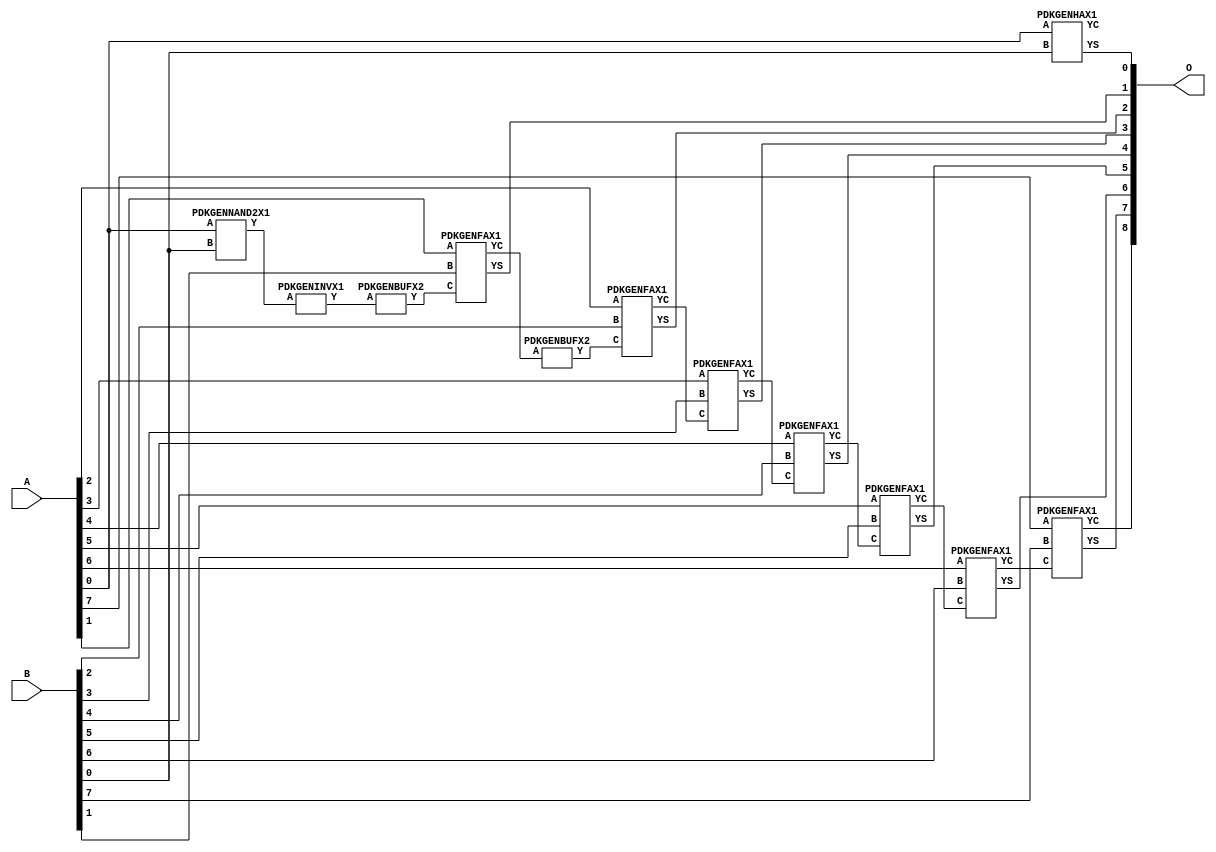
// Library = EvoApprox8b
// Circuit = add8_371
// Area   (180) = 1008
// Delay  (180) = 1.770
// Power  (180) = 360.30
// Area   (45) = 75
// Delay  (45) = 0.680
// Power  (45) = 34.35
// Nodes = 12
// HD = 0
// MAE = 0.00000
// MSE = 0.00000
// MRE = 0.00 %
// WCE = 0
// WCRE = 0 %
// EP = 0.0 %

module add8_371(A, B, O);
  input [7:0] A;
  input [7:0] B;
  output [8:0] O;
  wire [2031:0] N;

  assign N[0] = A[0];
  assign N[1] = A[0];
  assign N[2] = A[1];
  assign N[3] = A[1];
  assign N[4] = A[2];
  assign N[5] = A[2];
  assign N[6] = A[3];
  assign N[7] = A[3];
  assign N[8] = A[4];
  assign N[9] = A[4];
  assign N[10] = A[5];
  assign N[11] = A[5];
  assign N[12] = A[6];
  assign N[13] = A[6];
  assign N[14] = A[7];
  assign N[15] = A[7];
  assign N[16] = B[0];
  assign N[17] = B[0];
  assign N[18] = B[1];
  assign N[19] = B[1];
  assign N[20] = B[2];
  assign N[21] = B[2];
  assign N[22] = B[3];
  assign N[23] = B[3];
  assign N[24] = B[4];
  assign N[25] = B[4];
  assign N[26] = B[5];
  assign N[27] = B[5];
  assign N[28] = B[6];
  assign N[29] = B[6];
  assign N[30] = B[7];
  assign N[31] = B[7];

  PDKGENNAND2X1 n34(.A(N[0]), .B(N[16]), .Y(N[34]));
  assign N[35] = N[34];
  PDKGENINVX1 n56(.A(N[35]), .Y(N[56]));
  assign N[57] = N[56];
  PDKGENBUFX2 n70(.A(N[57]), .Y(N[70]));
  PDKGENHAX1 n76(.A(N[0]), .B(N[16]), .YS(N[76]), .YC(N[77]));
  PDKGENFAX1 n82(.A(N[2]), .B(N[18]), .C(N[70]), .YS(N[82]), .YC(N[83]));
  PDKGENBUFX2 n98(.A(N[83]), .Y(N[98]));
  assign N[99] = N[98];
  PDKGENFAX1 n132(.A(N[4]), .B(N[20]), .C(N[99]), .YS(N[132]), .YC(N[133]));
  PDKGENFAX1 n182(.A(N[6]), .B(N[22]), .C(N[133]), .YS(N[182]), .YC(N[183]));
  PDKGENFAX1 n232(.A(N[8]), .B(N[24]), .C(N[183]), .YS(N[232]), .YC(N[233]));
  PDKGENFAX1 n282(.A(N[10]), .B(N[26]), .C(N[233]), .YS(N[282]), .YC(N[283]));
  PDKGENFAX1 n332(.A(N[12]), .B(N[28]), .C(N[283]), .YS(N[332]), .YC(N[333]));
  PDKGENFAX1 n382(.A(N[14]), .B(N[30]), .C(N[333]), .YS(N[382]), .YC(N[383]));

  assign O[0] = N[76];
  assign O[1] = N[82];
  assign O[2] = N[132];
  assign O[3] = N[182];
  assign O[4] = N[232];
  assign O[5] = N[282];
  assign O[6] = N[332];
  assign O[7] = N[382];
  assign O[8] = N[383];

endmodule
/* mod */
module PDKGENHAX1( input A, input B, output YS, output YC );
    assign YS = A ^ B;
    assign YC = A & B;
endmodule
/* mod */
module PDKGENINVX1(input A, output Y );
     assign Y = ~A;
endmodule
/* mod */
module PDKGENFAX1( input A, input B, input C, output YS, output YC );
    assign YS = (A ^ B) ^ C;
    assign YC = (A & B) | (B & C) | (A & C);
endmodule
/* mod */
module PDKGENBUFX2(input A, output Y );
     assign Y = A;
endmodule
/* mod */
module PDKGENNAND2X1(input A, input B, output Y );
     assign Y = ~(A & B);
endmodule